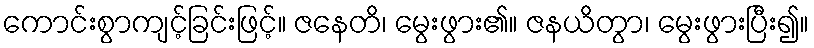
ကောင်းစွာကျင့်ခြင်းဖြင့်။ ဇနေတိ၊ မွေးဖွား၏။ ဇနယိတွာ၊ မွေးဖွားပြီး၍။